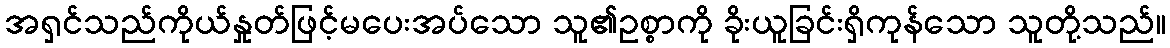
အရှင်သည်ကိုယ်နှုတ်ဖြင့်မပေးအပ်သော သူ၏ဥစ္စာကို ခိုးယူခြင်းရှိကုန်သော သူတို့သည်။